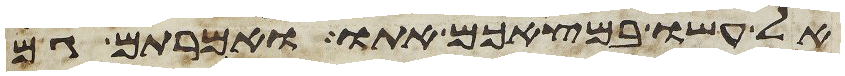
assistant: אל עשו במצאכם אתו ואמרתם גם